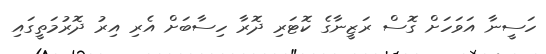
ހަސީނާ އަވަހަށް ގޮސް ރަޒީނާގެ ކޮޓަރި ދޮރާ ހިސާބަށް އެރި އިރު ދޮރުމަތީގައި